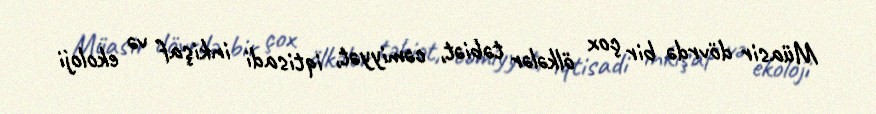
Müasir dövrdə bir çox ölkələr təbiət, cəmiyyət, iqtisadi inkişaf və ekoloji